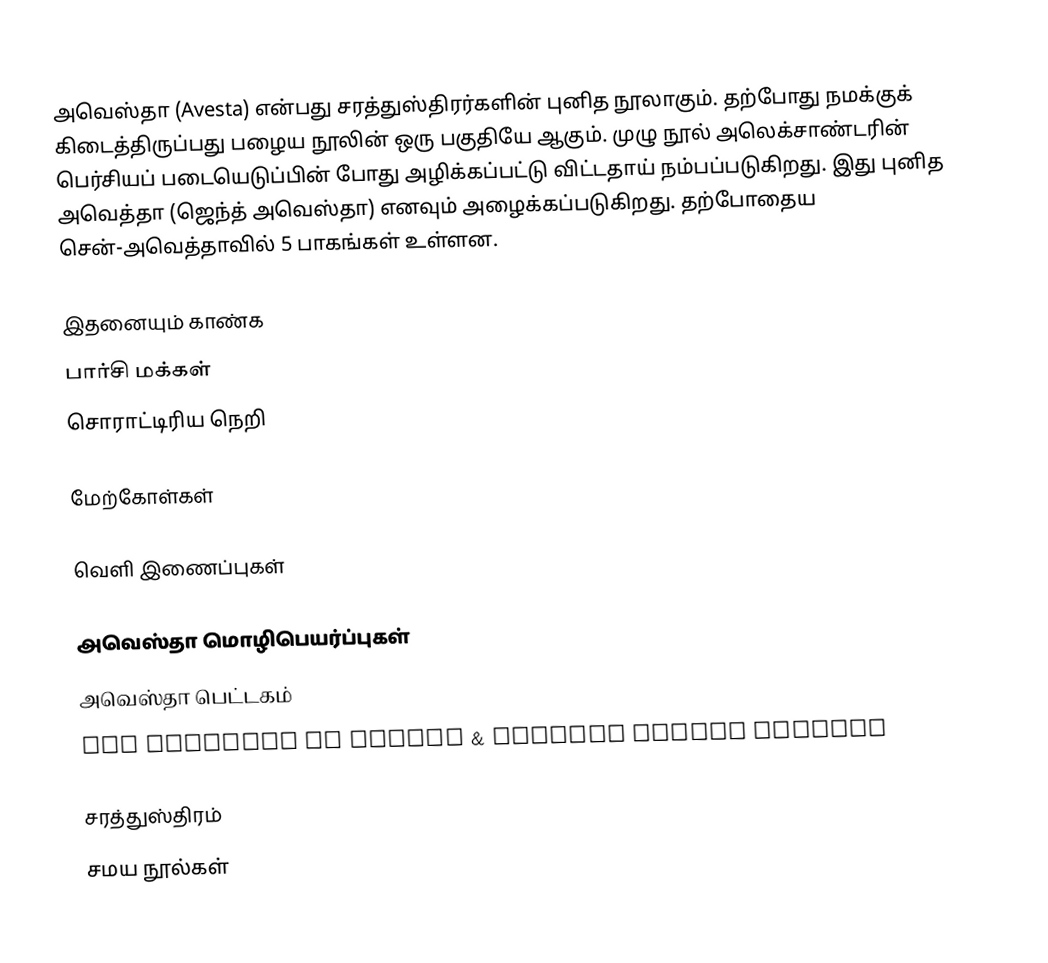
அவெஸ்தா (Avesta) என்பது சரத்துஸ்திரர்களின் புனித நூலாகும். தற்போது நமக்குக் கிடைத்திருப்பது பழைய நூலின் ஒரு பகுதியே ஆகும். முழு நூல் அலெக்சாண்டரின் பெர்சியப் படையெடுப்பின் போது அழிக்கப்பட்டு விட்டதாய் நம்பப்படுகிறது. இது புனித அவெத்தா (ஜெந்த் அவெஸ்தா) எனவும் அழைக்கப்படுகிறது.  தற்போதைய சென்-அவெத்தாவில் 5 பாகங்கள் உள்ளன.

இதனையும் காண்க
 பார்சி மக்கள்
 சொராட்டிரிய நெறி

மேற்கோள்கள்

வெளி இணைப்புகள்

அவெஸ்தா மொழிபெயர்ப்புகள்
அவெஸ்தா பெட்டகம்
All chapters of Avesta & Khordeh Avesta Prayers

சரத்துஸ்திரம்
சமய நூல்கள்